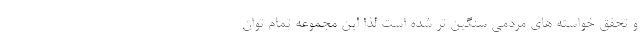
و تحقق خواسته های مردمی سنگین تر شده است لذا این مجموعه تمام توان